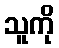
သူကို